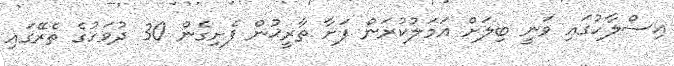
އިސްލާހުގައި ވަނީ ބިލަށް އަމަލުކުރަން ފަށާ ތާރީޚުން ފެށިގެން 30 ދުވަހުގެ ތެރޭގައި